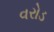
વરોડ